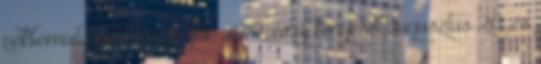
pékbemutatóval köszöntjük 2014. év új kenyerét augusztus 20. és